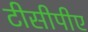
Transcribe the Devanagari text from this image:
टीसीपीए